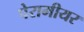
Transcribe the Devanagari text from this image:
पेरामीयर